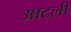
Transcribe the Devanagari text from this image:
आटली